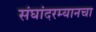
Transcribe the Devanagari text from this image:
संघांदरम्यानचा